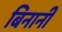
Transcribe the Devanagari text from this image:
बिनानी